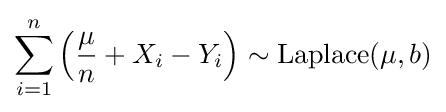
\sum _{i=1}^{n}\left({\frac {\mu }{n}}+X_{i}-Y_{i}\right)\sim {\textrm {Laplace}}(\mu ,b)